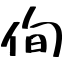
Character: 侚